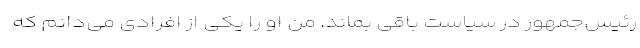
رئیس‌جمهور در سیاست باقی بماند. من او را یکی از افرادی می‌دانم که